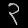
Digit: ၃